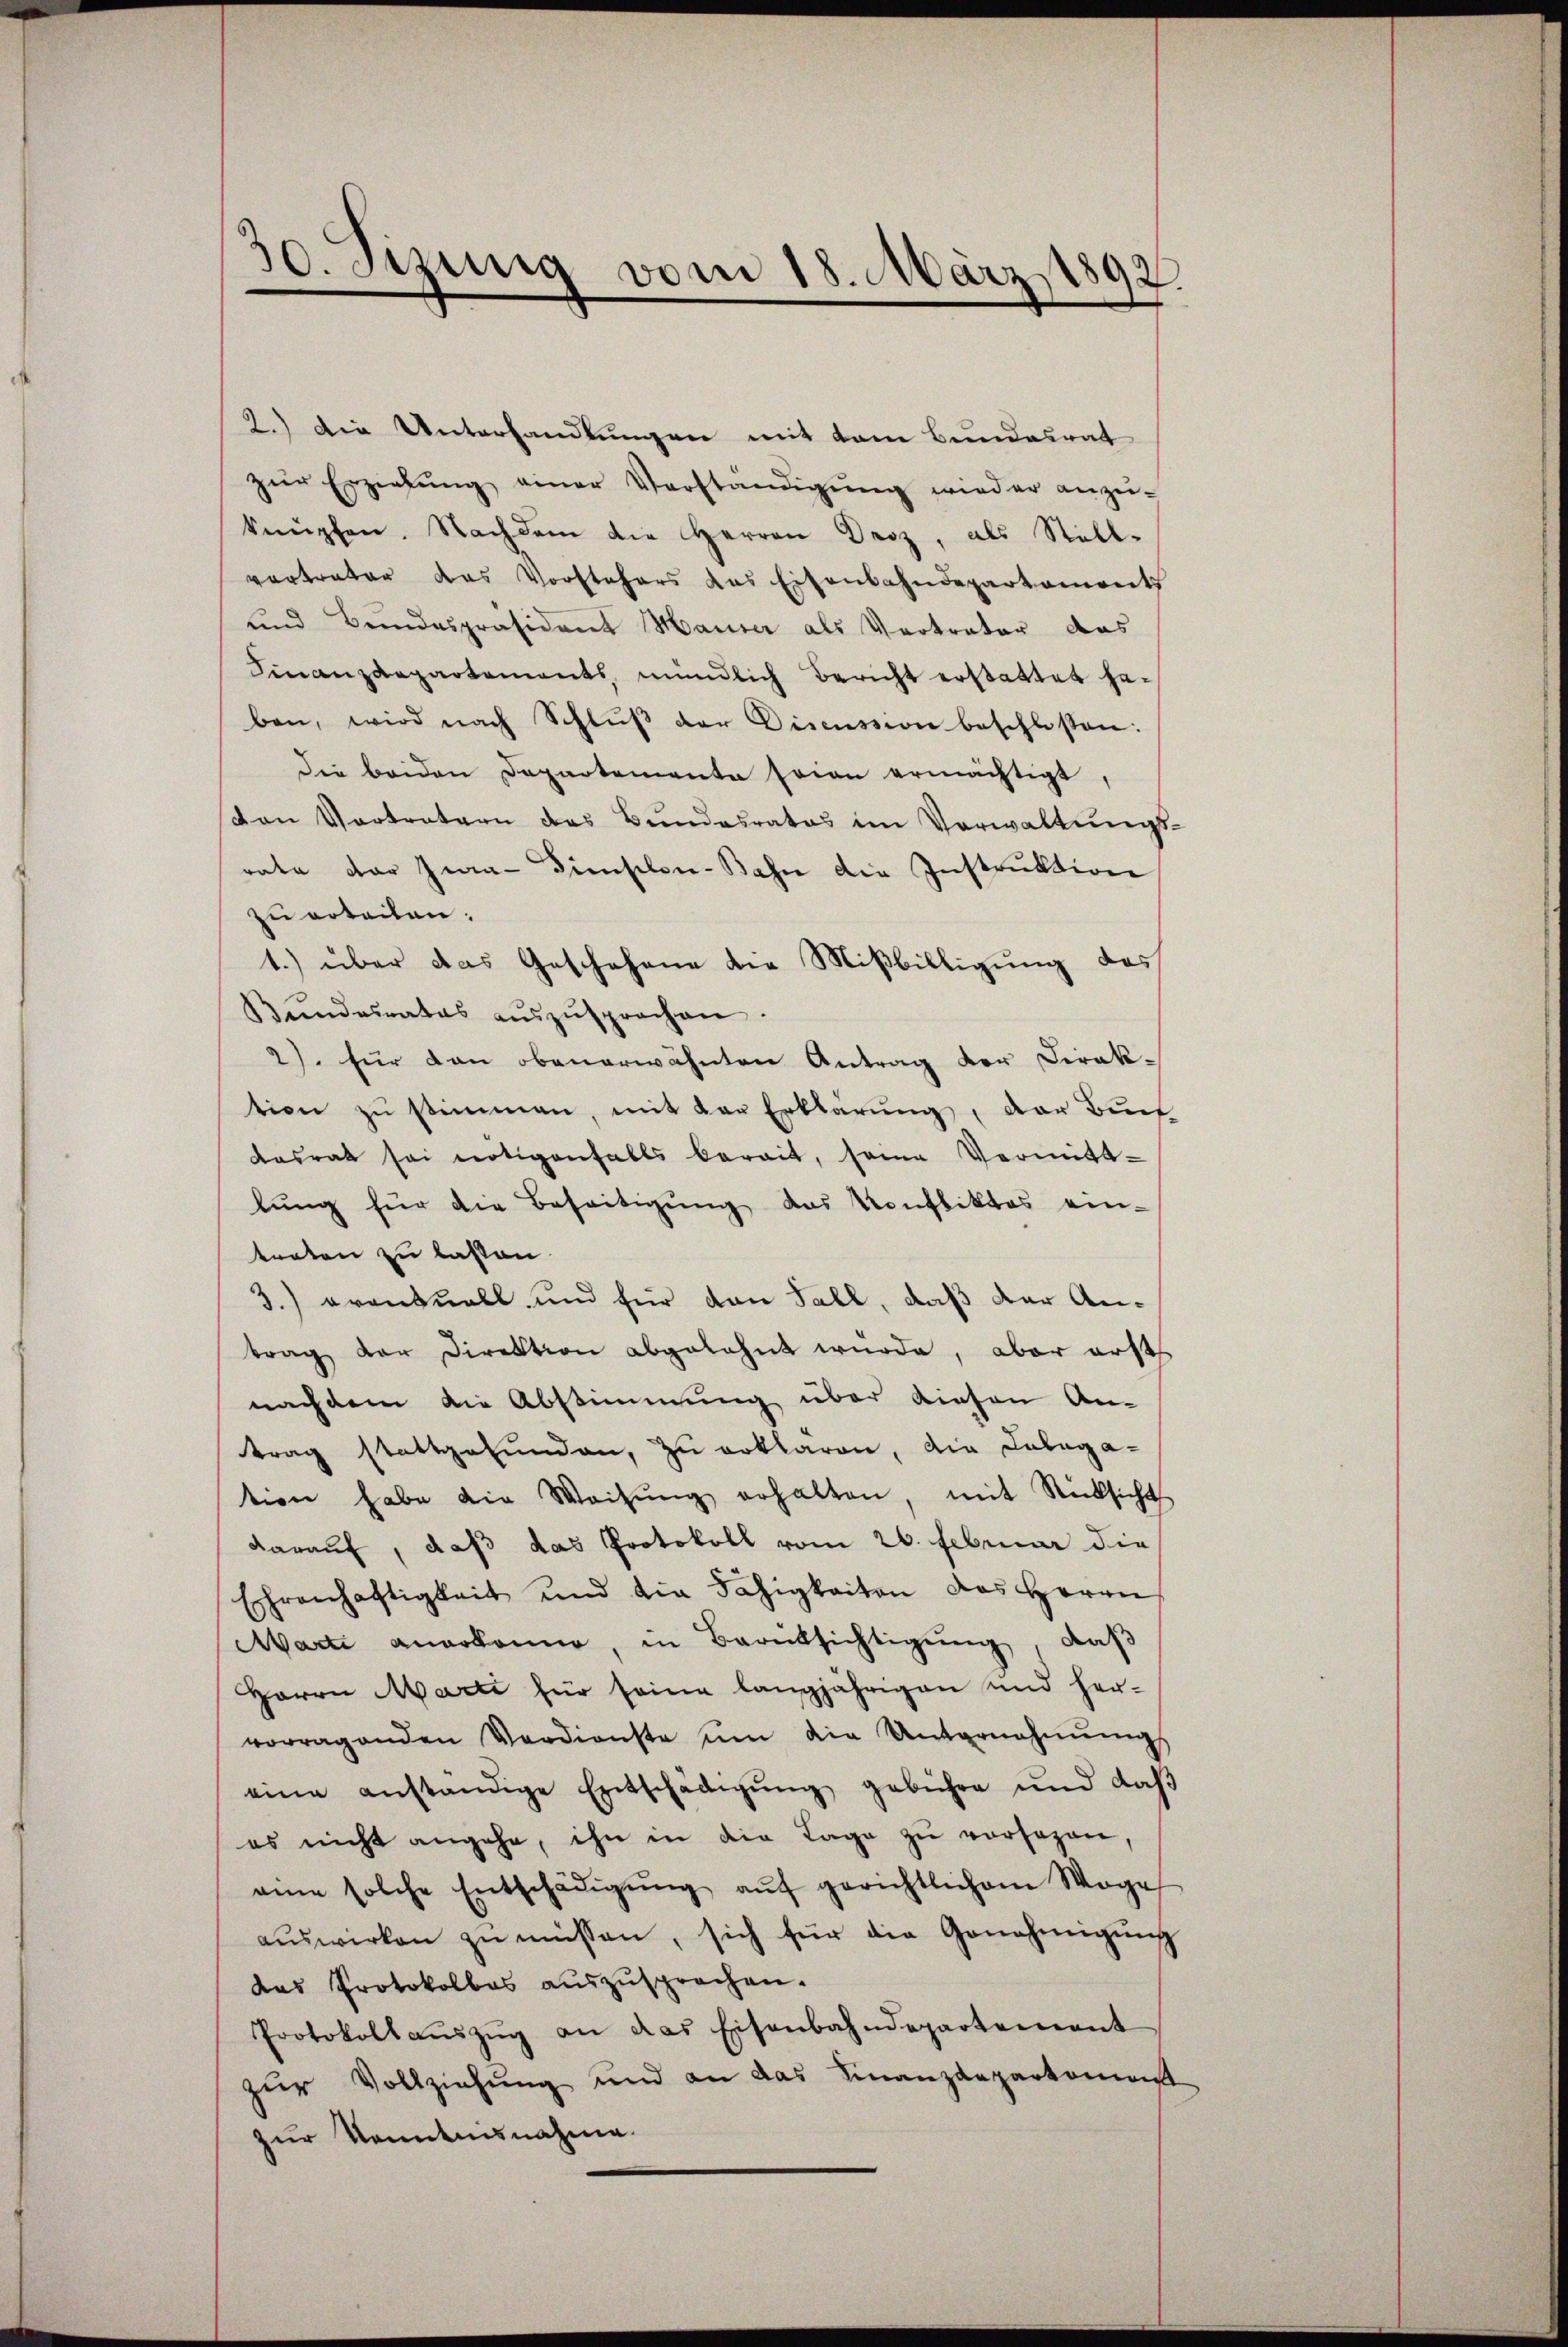
30. Jizung vom 18. März 1892.

2.) Die Unterhandlungen mit dem Bundesrat
zur Erziehŭng einer Verständigŭng wird er anzŭ-
knüpfen. Nachdem die Herren Droz, als Stell-
vertrater das Vorstehers das Eisenbahndepartements
und Bundespräsident Hauser als Vertrator das
Finanzdepartements, mündlich Bericht erstattet haben, wird nach Schlŭβ der Discussion beschlossen:
die beiden Departemente seien ermächtigt,
den Vertretern des Bundesrates im Verwaltungsrate der Jwa- Dieseler-Bahn die Instruktion
zu erteilen.
1.) über das Geschehene die Mißbilligung des
Bŭndesrates aŭszŭsprochen.
2). für den obenerwähnten Antrag der Direktion zŭ stimmen, mit der Erklärung, der Buch
dasrat sei nötigenfalls bereit, seine Vermitt-
lung für die Beseitigung das Konfliktes ein-
treten zu lassen.
3.) eventuell und für dan Fall, daß der Antrag der Direktion abgelehnt wurde, aber erst
nachdem die Abstimmung über diesen An-
trag stattgefŭnden, zu erklären, die Labaga-
tion habe die Weisŭng erhalten, mit Rücksicht
darauf, daß das Protokoll vom 26. Februar die
Ehrenhaftigkeit und die Fähigkeiten das Herrn
Marti anerkanne, in Berüksichtigung, daß
Herrn Marti für seine langjährigen und her-
vorragenden Verdienste ŭm die Unternehmung
eine anständige Entschädigŭng gebühre und daβ
es nicht angehe, ihn in die Lage zŭ versagen,
eine solche Entschädigŭng aŭf gerichtlichem Wage
aŭswirken zu müssen, sich für die Genehmigŭng
das Protokollas aŭszŭsprochen.
Protokoll aŭszŭg an das Eisenbahndepartement
zur Vollziehung und an das Finanzdepartement
zur Kenntnisnahme.